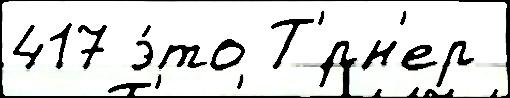
417 э́то Т'́рн'ер